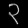
Digit: ၃